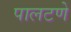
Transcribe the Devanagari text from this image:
पालटणे